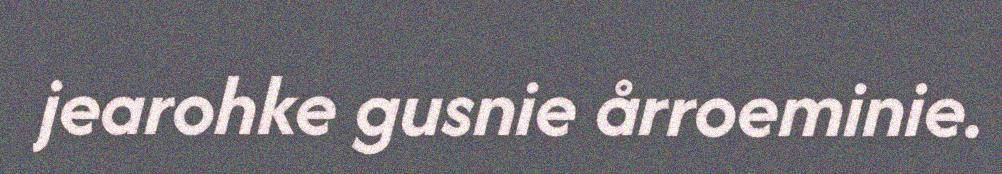
jearohke gusnie årroeminie.